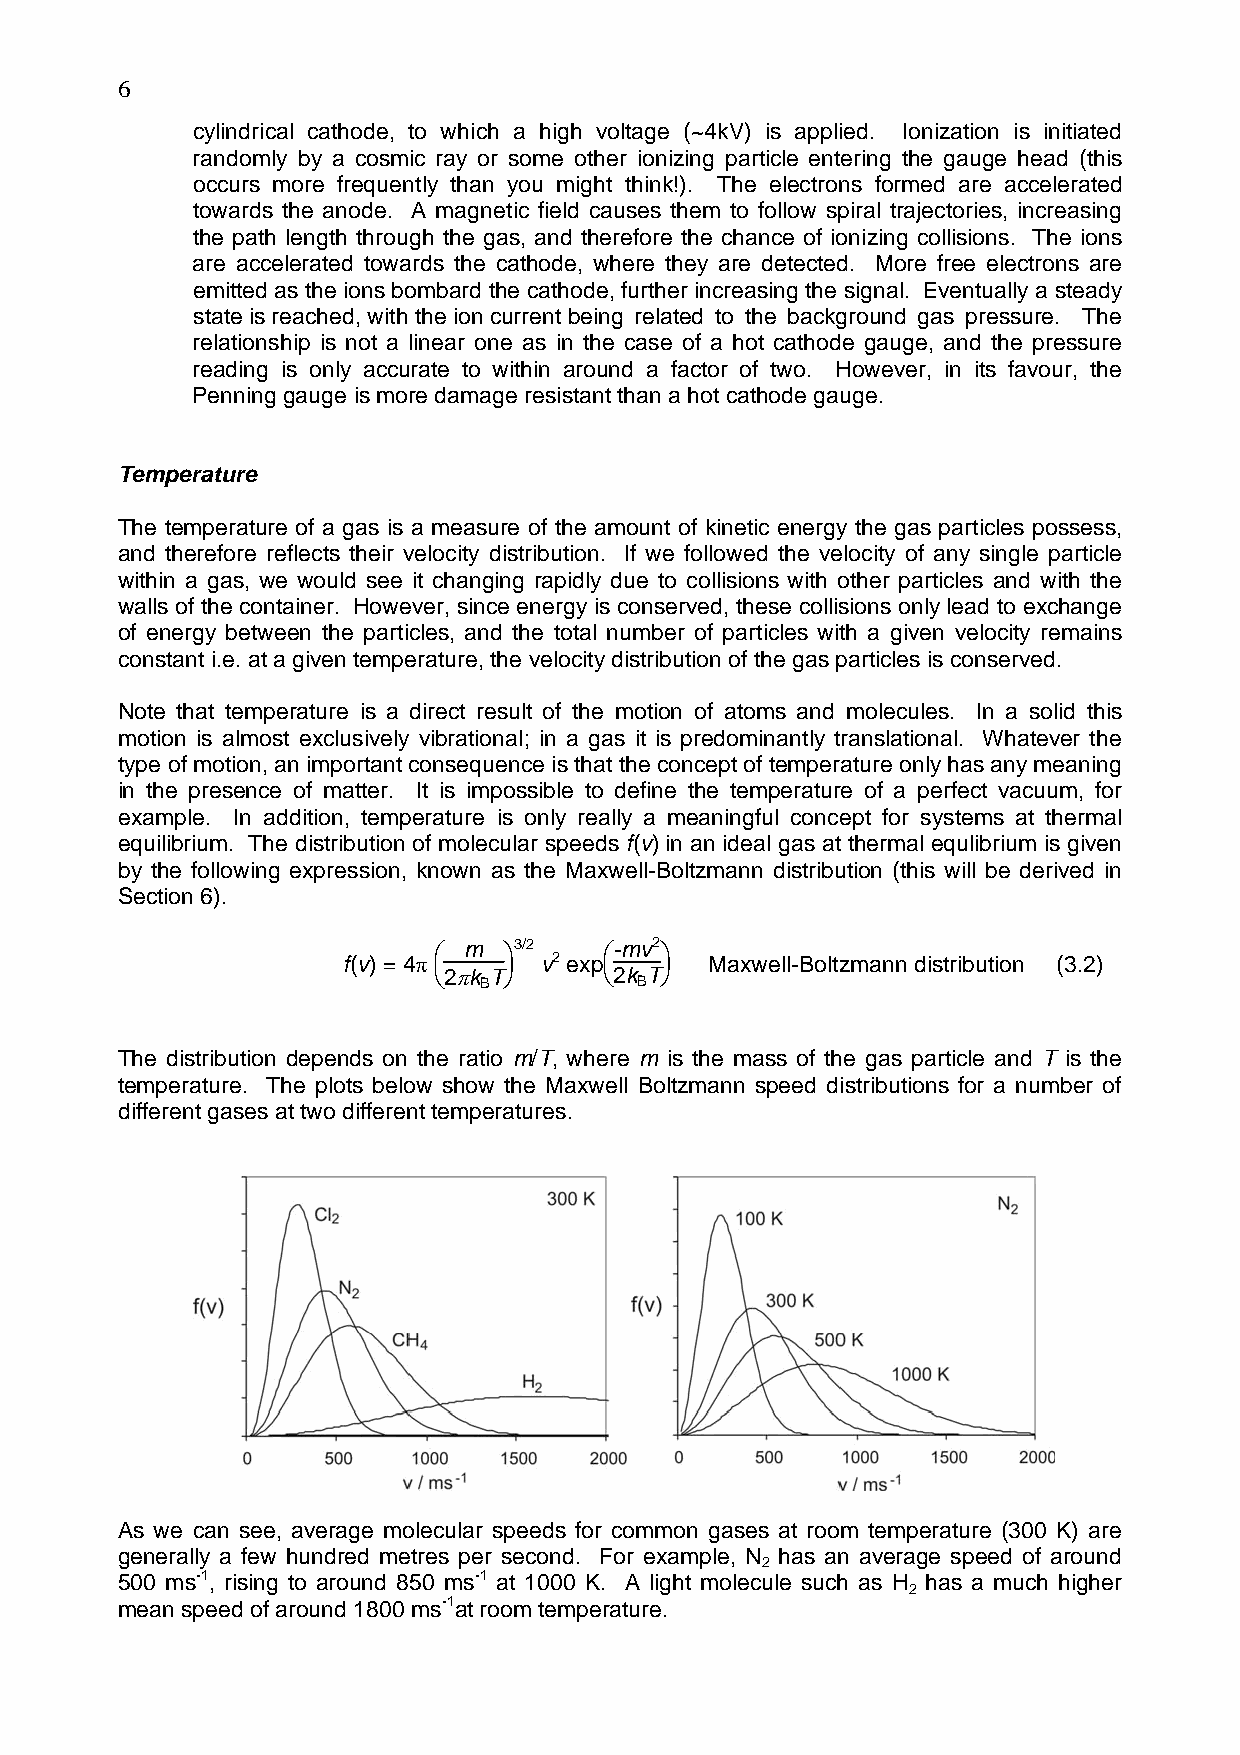
6
 cylindrical cathode, to which a high voltage (~4kV) is applied. Ionization is initiated
 randomly by a cosmic ray or some other ionizing particle entering the gauge head (this
 occurs more frequently than you might think!). The electrons formed are accelerated
 towards the anode. A magnetic field causes them to follow spiral trajectories, increasing
 the path length through the gas, and therefore the chance of ionizing collisions. The ions
 are accelerated towards the cathode, where they are detected. More free electrons are
 emitted as the ions bombard the cathode, further increasing the signal. Eventually a steady
 state is reached, with the ion current being related to the background gas pressure. The
 relationship is not a linear one as in the case of a hot cathode gauge, and the pressure
 reading is only accurate to within around a factor of two. However, in its favour, the
 Penning gauge is more damage resistant than a hot cathode gauge.
 Temperature
 The temperature of a gas is a measure of the amount of kinetic energy the gas particles possess,
 and therefore reflects their velocity distribution. If we followed the velocity of any single particle
 within a gas, we would see it changing rapidly due to collisions with other particles and with the
 walls of the container. However, since energy is conserved, these collisions only lead to exchange
 of energy between the particles, and the total number of particles with a given velocity remains
 constant i.e. at a given temperature, the velocity distribution of the gas particles is conserved.
 Note that temperature is a direct result of the motion of atoms and molecules. In a solid this
 motion is almost exclusively vibrational; in a gas it is predominantly translational. Whatever the
 type of motion, an important consequence is that the concept of temperature only has any meaning
 in the presence of matter. It is impossible to define the temperature of a perfect vacuum, for
 example. In addition, temperature is only really a meaningful concept for systems at thermal
 equilibrium. The distribution of molecular speeds f(v) in an ideal gas at thermal equlibrium is given
 by the following expression, known as the Maxwell-Boltzmann distribution (this will be derived in
 Section 6).
 ⎛ m ⎞3/2   ⎛-mv2 ⎞
 f(v) = 4π    v2 exp     Maxwell-Boltzmann distribution (3.2)
 ⎝2πk T⎠    ⎝2k T⎠
 B         B
 The distribution depends on the ratio m/T, where m is the mass of the gas particle and T is the
 temperature. The plots below show the Maxwell Boltzmann speed distributions for a number of
 different gases at two different temperatures.
 As we can see, average molecular speeds for common gases at room temperature (300 K) are
 generally a few hundred metres per second. For example, N has an average speed of around
 2
 500 ms-1, rising to around 850 ms-1 at 1000 K. A light molecule such as H has a much higher
 2
 mean speed of around 1800 ms-1at room temperature.